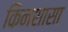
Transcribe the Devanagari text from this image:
किनशासा